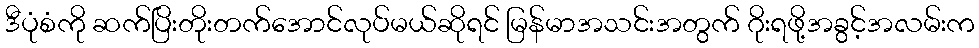
ဒီပုံစံကို ဆက်ပြိးတိုးတက်အောင်လုပ်မယ်ဆိုရင် မြန်မာအသင်းအတွက် ဂိုးရဖို့အခွင့်အလမ်းက